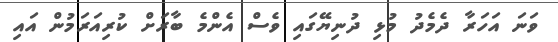
ވަނަ އަހަރާ ދެމެދު މުޅި ދުނިޔޭގައި ވެސް އެންމެ ބާރަށް ކުރިއަރަމުން އައި